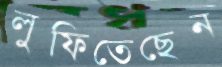
লুফিতেছেন